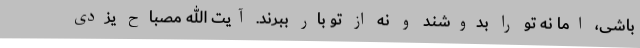
باشی، اما نه تو را بدوشند و نه از تو بار ببرند. آیت الله مصباح یزدی